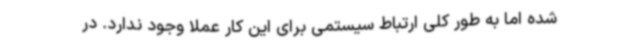
شده اما به طور کلی ارتباط سیستمی برای این کار عملا وجود ندارد. در